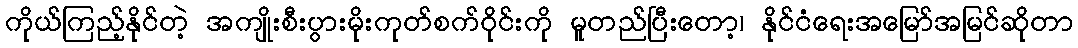
ကိုယ်ကြည့်နိုင်တဲ့ အကျိုးစီးပွားမိုးကုတ်စက်ဝိုင်းကို မူတည်ပြီးတော့၊ နိုင်ငံရေးအမြော်အမြင်ဆိုတာ